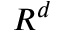
R ^ { d }